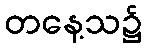
တနေ့သ၌